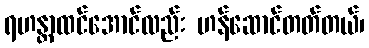
ရဟန္တာထင်အောင်လည်း ဟန်ဆောင်တတ်တယ်၊